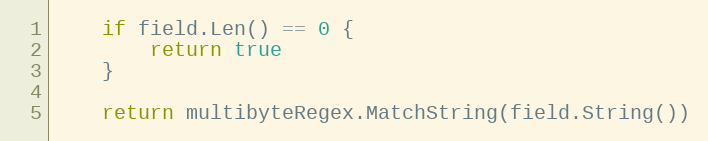
Language: Go
	if field.Len() == 0 {
		return true
	}

	return multibyteRegex.MatchString(field.String())